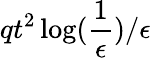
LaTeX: qt^{2}\log(\frac{1}{\epsilon})/\epsilon